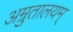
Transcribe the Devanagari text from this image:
अम्रुतालयम्